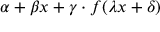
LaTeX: \alpha + \beta x + \gamma \cdot f ( \lambda x + \delta )